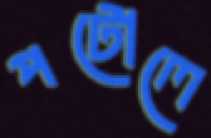
পটোলে